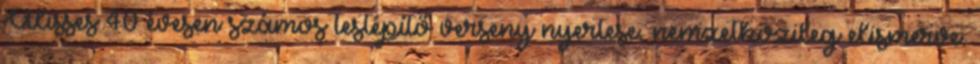
Ulisses 40 évesen számos testépítő verseny nyertese, nemzetközileg elismerve.